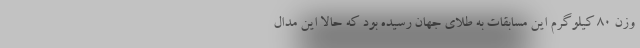
وزن ۸۰ کیلوگرم این مسابقات به طلای جهان رسیده بود که حالا این مدال